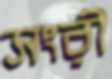
সংরী